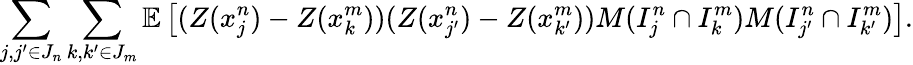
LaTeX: \sum_{j,j^{\prime}\in J_{n}}\sum_{k,k^{\prime}\in J_{m}}\mathbb{E}\left[(Z(x_{j}^{n})-Z(x_{k}^{m}))(Z(x_{j^{\prime}}^{n})-Z(x_{k^{\prime}}^{m}))M(I_{j}^{n}\cap I_{k}^{m})M(I_{j^{\prime}}^{n}\cap I_{k^{\prime}}^{m})\right].